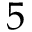
5